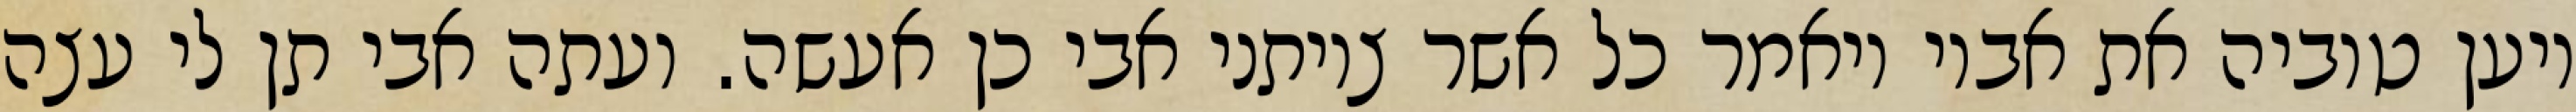
ויען טוביה את אביו ויאמר כל אשר צויתני אבי כן אעשה. ועתה אבי תן לי עצה